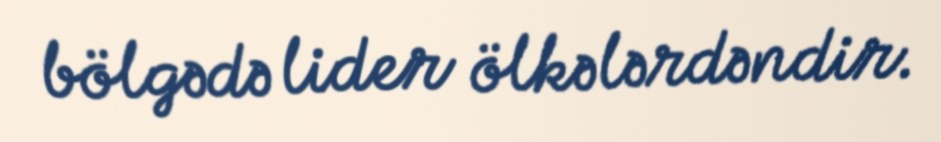
bölgədə lider ölkələrdəndir.